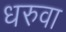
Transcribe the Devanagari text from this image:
धरुवा